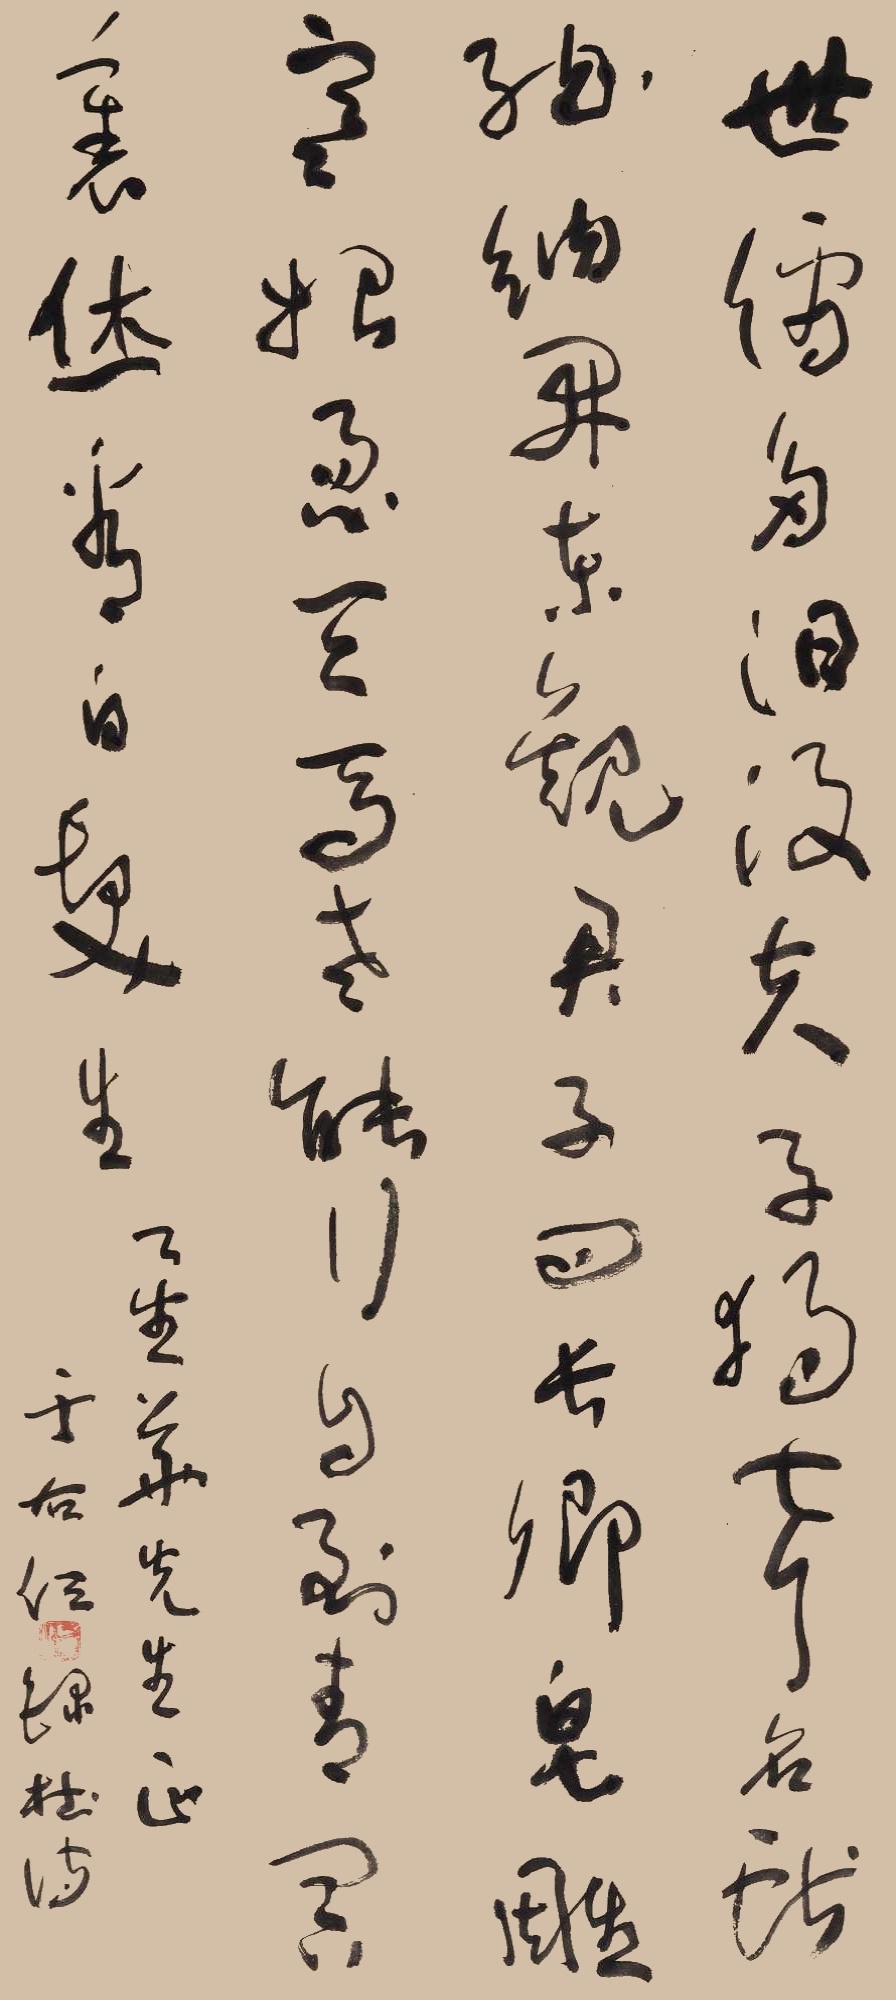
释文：世儒多汩没，夫子独声名。献纳开东观，君王问长卿。皂雕寒始急，天马老能行。自到青冥里，休看白发生。乙生叶先生正。于右任。录杜诗。